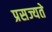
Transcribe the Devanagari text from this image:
प्रसज्यते